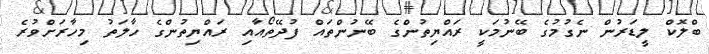
ބްލޮކް ލީޑަރުން ނެގުމުގެ ބޭނުމަކީ ރައްޔިތުންގެ ބޭނުންތައް ފުދޭތޯއާއި ރައްޔިތުންގެ ހާލަތު މިހާރަށްވުރެ